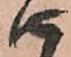
由